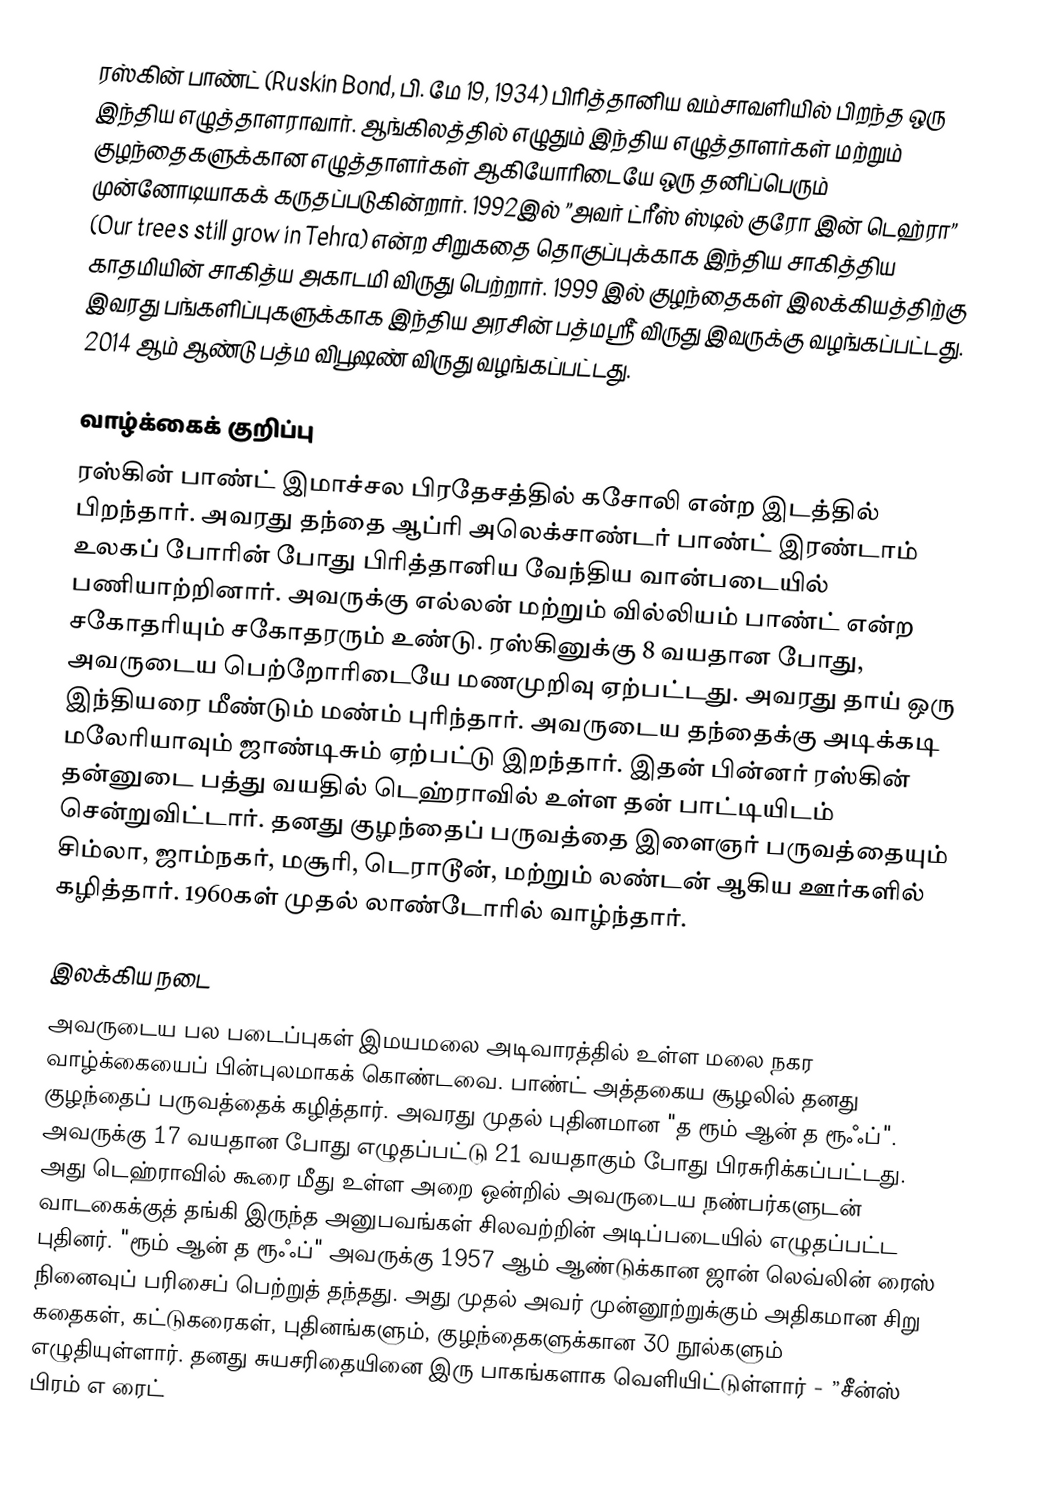
ரஸ்கின் பாண்ட் (Ruskin Bond, பி. மே 19, 1934) பிரித்தானிய வம்சாவளியில் பிறந்த ஒரு இந்திய எழுத்தாளராவார். ஆங்கிலத்தில் எழுதும் இந்திய எழுத்தாளர்கள் மற்றும் குழந்தைகளுக்கான எழுத்தாளர்கள் ஆகியோரிடையே ஒரு தனிப்பெரும் முன்னோடியாகக் கருதப்படுகின்றார். 1992இல் ”அவர் ட்ரீஸ் ஸ்டில் குரோ இன் டெஹ்ரா” (Our trees still grow in Tehra) என்ற சிறுகதை தொகுப்புக்காக இந்திய சாகித்திய காதமியின் சாகித்ய அகாடமி விருது பெற்றார். 1999 இல் குழந்தைகள் இலக்கியத்திற்கு இவரது பங்களிப்புகளுக்காக இந்திய அரசின் பத்மஸ்ரீ் விருது இவருக்கு வழங்கப்பட்டது. 2014 ஆம் ஆண்டு பத்ம விபூஷண் விருது வழங்கப்பட்டது.

வாழ்க்கைக் குறிப்பு
ரஸ்கின் பாண்ட் இமாச்சல பிரதேசத்தில் கசோலி என்ற இடத்தில் பிறந்தார். அவரது தந்தை ஆப்ரி அலெக்சாண்டர் பாண்ட் இரண்டாம் உலகப் போரின் போது பிரித்தானிய வேந்திய வான்படையில் பணியாற்றினார். அவருக்கு எல்லன் மற்றும் வில்லியம் பாண்ட் என்ற சகோதரியும் சகோதரரும் உண்டு. ரஸ்கினுக்கு 8 வயதான போது, அவருடைய பெற்றோரிடையே மணமுறிவு ஏற்பட்டது. அவரது தாய் ஒரு இந்தியரை மீண்டும் மண்ம் புரிந்தார். அவருடைய தந்தைக்கு அடிக்கடி மலேரியாவும் ஜாண்டிசும் ஏற்பட்டு இறந்தார். இதன் பின்னர் ரஸ்கின் தன்னுடை பத்து வயதில் டெஹ்ராவில் உள்ள தன் பாட்டியிடம் சென்றுவிட்டார். தனது குழந்தைப் பருவத்தை இளைஞர் பருவத்தையும் சிம்லா, ஜாம்நகர், மசூரி, டெராடூன், மற்றும் லண்டன் ஆகிய ஊர்களில் கழித்தார். 1960கள் முதல் லாண்டோரில் வாழ்ந்தார்.

இலக்கிய நடை
அவருடைய பல படைப்புகள் இமயமலை அடிவாரத்தில் உள்ள மலை நகர வாழ்க்கையைப் பின்புலமாகக் கொண்டவை. பாண்ட் அத்தகைய சூழலில் தனது குழந்தைப் பருவத்தைக் கழித்தார். அவரது முதல் புதினமான "த ரூம் ஆன் த ரூஃப்". அவருக்கு 17 வயதான போது எழுதப்பட்டு 21 வயதாகும் போது பிரசுரிக்கப்பட்டது. அது டெஹ்ராவில் கூரை மீது உள்ள அறை ஒன்றில் அவருடைய நண்பர்களுடன் வாடகைக்குத் தங்கி இருந்த அனுபவங்கள் சிலவற்றின் அடிப்படையில் எழுதப்பட்ட புதினர். "ரூம் ஆன் த ரூஃப்" அவருக்கு 1957 ஆம் ஆண்டுக்கான ஜான் லெவ்லின் ரைஸ் நினைவுப் பரிசைப் பெற்றுத் தந்தது. அது முதல் அவர் முன்னூற்றுக்கும் அதிகமான சிறு கதைகள், கட்டுகரைகள், புதினங்களும், குழந்தைகளுக்கான 30 நூல்களும் எழுதியுள்ளார். தனது சுயசரிதையினை இரு பாகங்களாக வெளியிட்டுள்ளார் - ”சீன்ஸ் பிரம் எ ரைட்